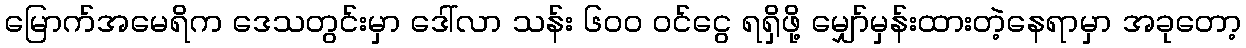
မြောက်အမေရိက ဒေသတွင်းမှာ ဒေါ်လာ သန်း ၆၀၀ ဝင်ငွေ ရရှိဖို့ မျှော်မှန်းထားတဲ့နေရာမှာ အခုတော့